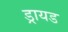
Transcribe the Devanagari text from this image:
ड्रायड